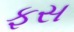
ફસ